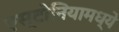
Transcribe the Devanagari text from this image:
एस्टोनियामध्ये